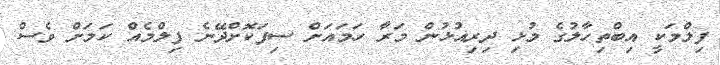
ފިލްމަކީ އިބްތިހާލުގެ މުޅި ދިރިއުޅުން މަރާ ހަމައަށް ސިފަކޮށްދޭނެ ފިލްމެއް ކަމަށް ވެސް